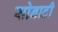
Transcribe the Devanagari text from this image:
सोनाटी